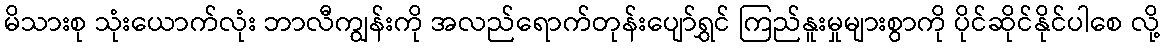
မိသားစု သုံးယောက်လုံး ဘာလီကျွန်းကို အလည်ရောက်တုန်းပျော်ရွှင် ကြည်နူးမှုများစွာကို ပိုင်ဆိုင်နိုင်ပါစေ လို့